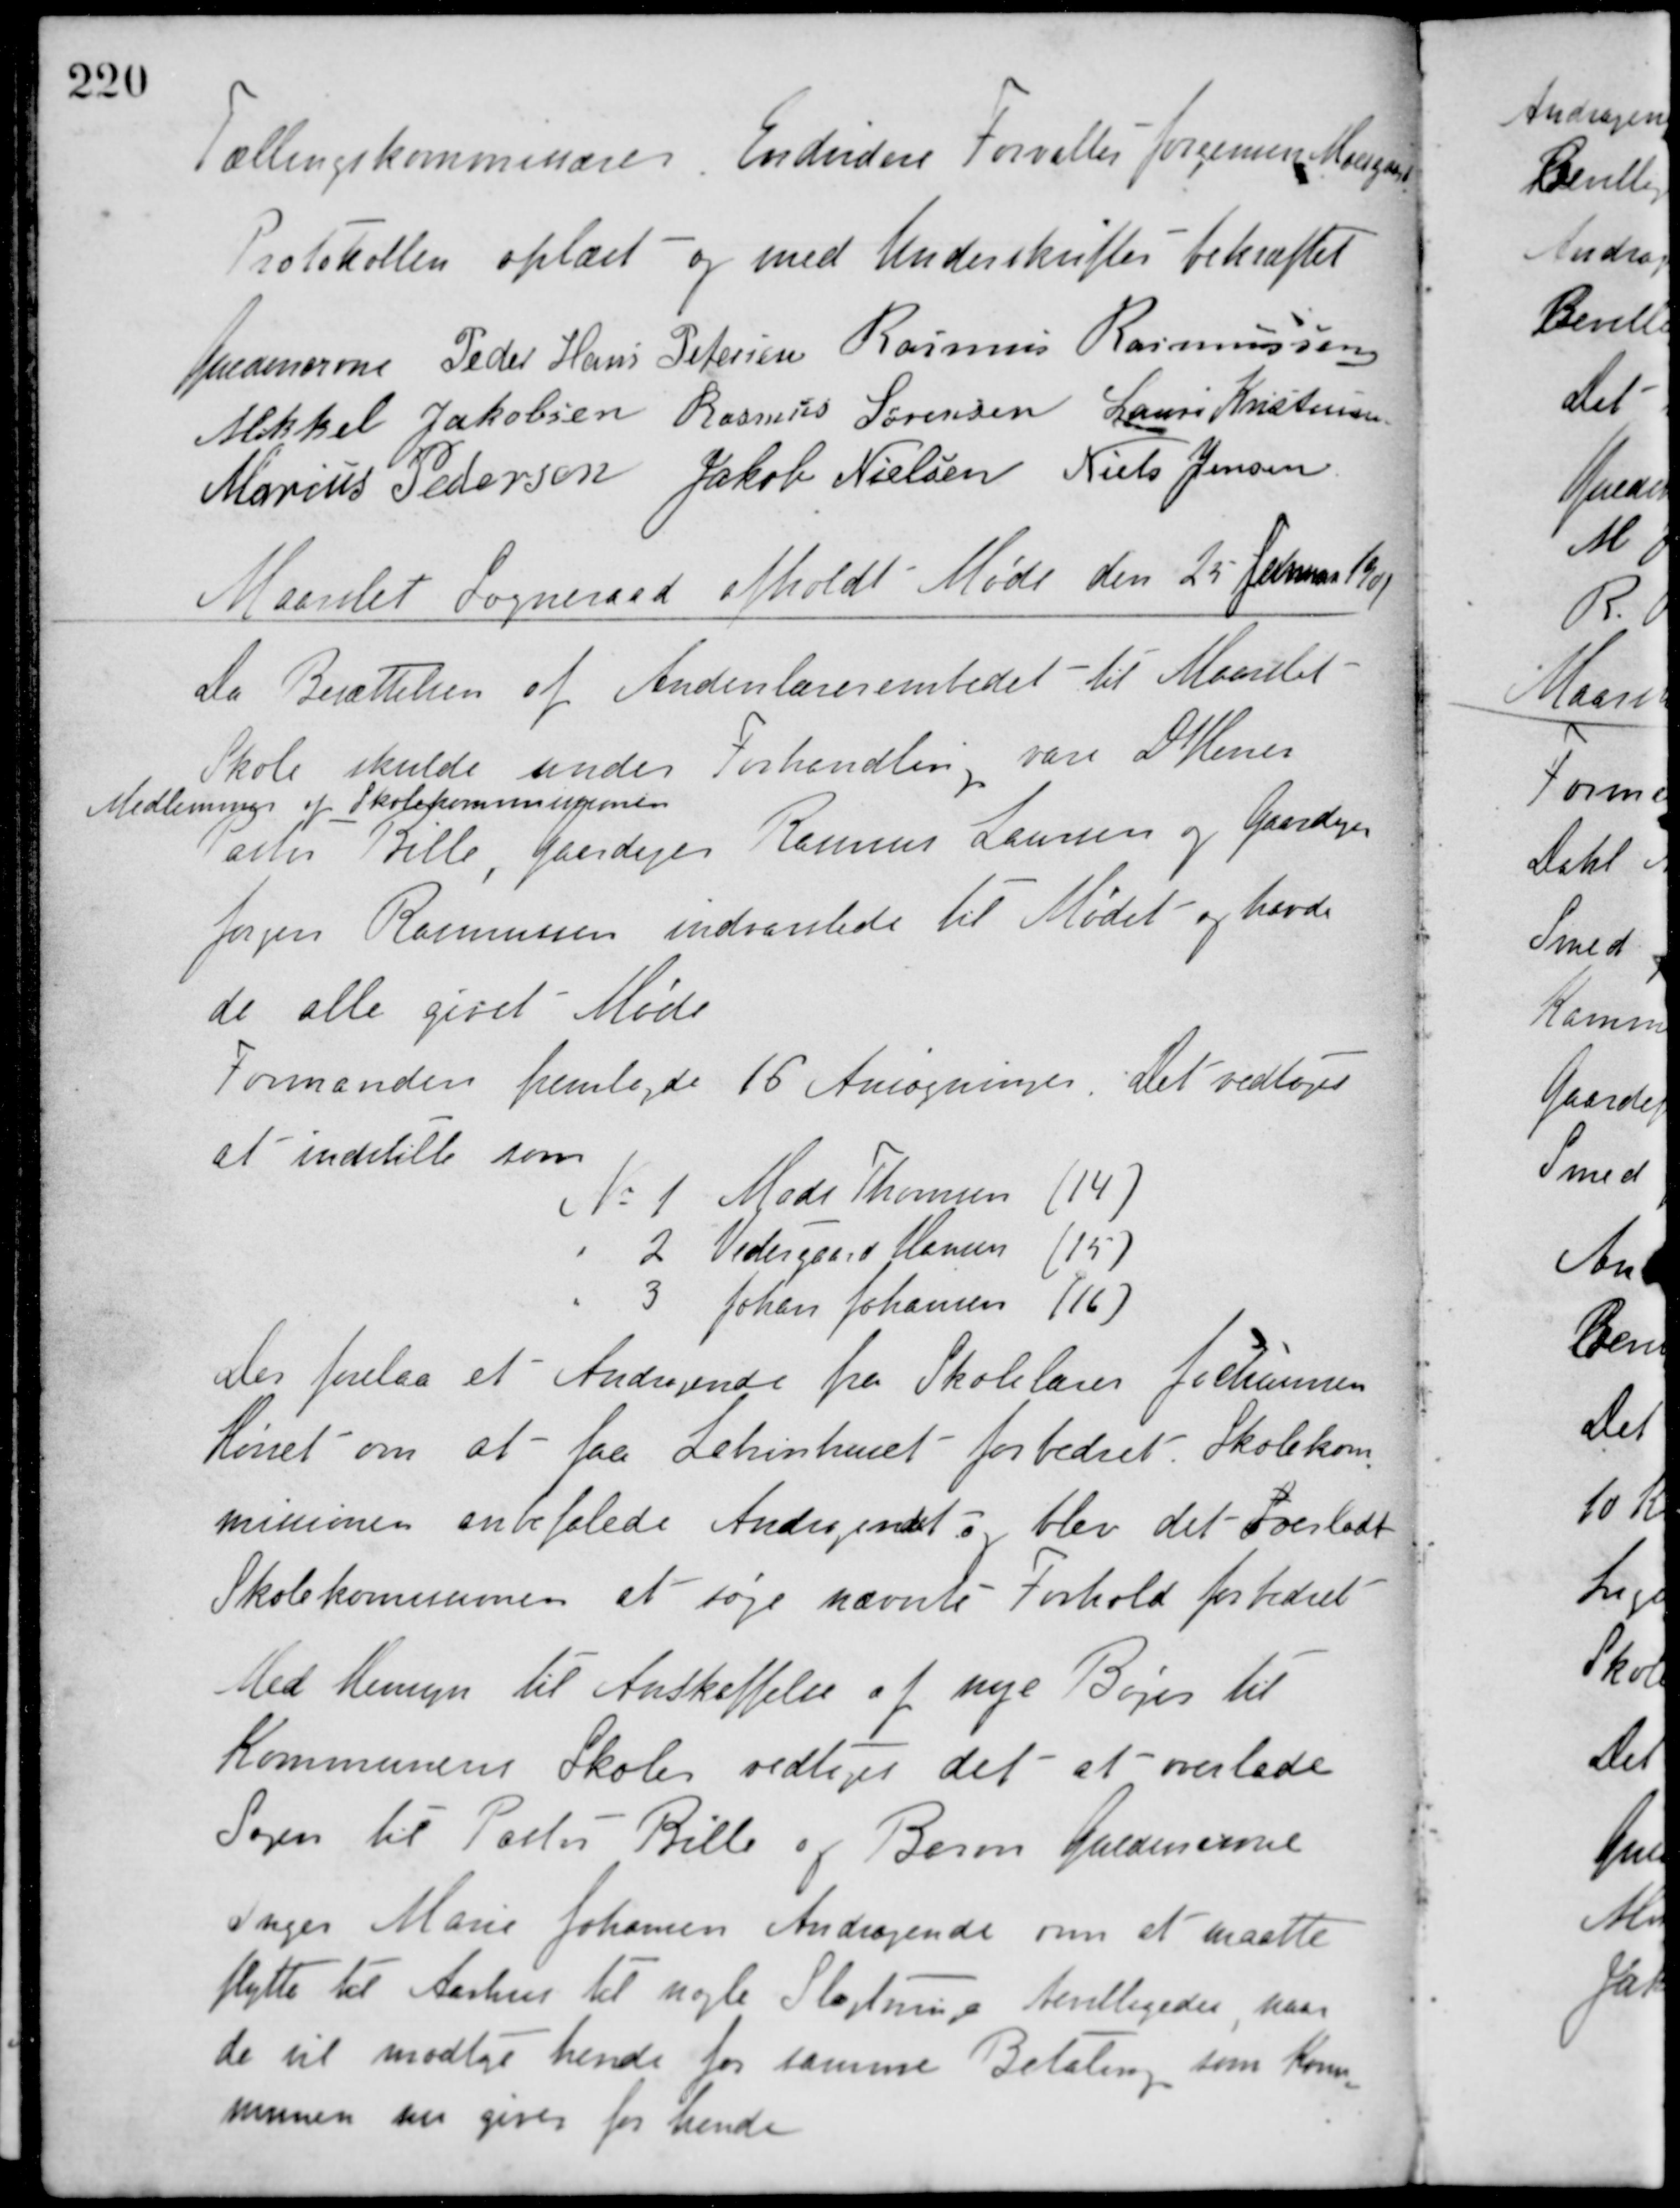
Transskription:
Tællingskommisærer. Endvidere Forvalter Jorcemen Moesgaard.
Protokollen oplæst - og med Underskrifter bekræftet
Guldencrone Peder Hans Petersen Rasmus Rasmussen
Mikkel Jakobsen Rasmus Sørensen Laurs Kristensen
Marius Pedersen Jakob Nielsen Niels Jensen
Maarslet Sogneraad afholdt Møde den 25 Januar 1901
Da Besættelsen af Andenlærerembedet - til Maarslet
Skole skulde under Forhandling vare D'Herrer
Medlemmer af Skolekommissionen
Pastor Bille, Gaardejer Rasmus Laursen og Gaardejer
Jørgen Rasmussen indvarslede til Mødet og havde
de alle givet Møde.
Formanden fremlagde 16 Ansøgninger. Det vedtoges
at indstille som
No 1. Mads Thomsen (14)
- 2 Vedergaard Hansen (15)
- 3 Johan Johansen (16)
Der forelaa et Andragende fra Skolelærer Jochumsen
Hørret om at - faa Latrinhuset - forbedret. Skolekom-
missionen anbefalede Andragendet og blev det overladt
Skolekommissionen at søge nævnte Forhold forbedret.
Med Hensyn til Anskaffelse af nye Bøger til
Kommunens Skoler vedtoges det at overlade
Sagen til Pastor Bille og Baron Guldencrone.
Inger Marie Johansen Andragende om at maatte
flytte til Aarhus til nogle Slægtninge bevilligedes, naar
de vil modtage hende for samme Betaling som Kom-
munen nu giver for hende.